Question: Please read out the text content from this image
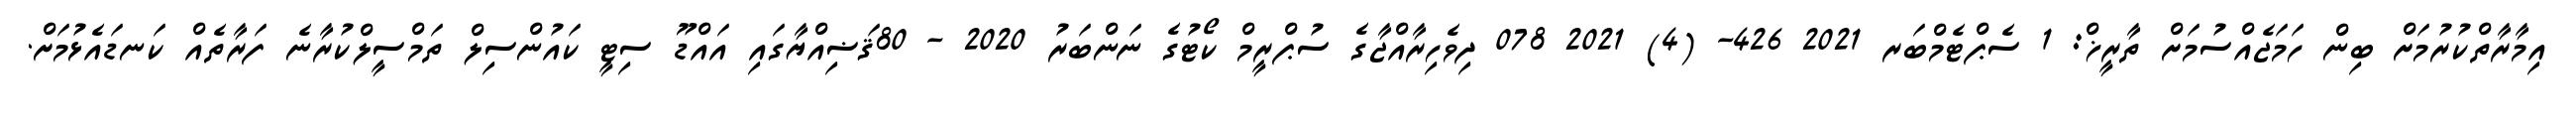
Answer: އިމާރާތްކުރުމަށް ބިން ހަމަޖެއްސުމަށް ތާރީޚް: 1 ސެޕްޓެމްބަރ 2021 426- (4) 2021 078 ދިވެހިރާއްޖާގެ ސުޕްރީމް ކޯޓުގެ ނަންބަރު 2020 - 80ޤަޟިއްޔާގައި އައްޑޫ ސިޓީ ކައުންސިލް ތަމްސީލްކުރާނެ ފަރާތެއް ކަނޑައެޅުމަށް.